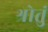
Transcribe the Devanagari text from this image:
श्रोतुं